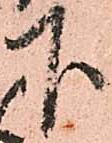
下